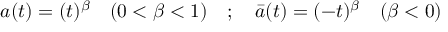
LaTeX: a ( t ) = ( t ) ^ { \beta } \quad ( 0 < \beta < 1 ) \quad ; \quad \bar { a } ( t ) = ( - t ) ^ { \beta } \quad ( \beta < 0 )